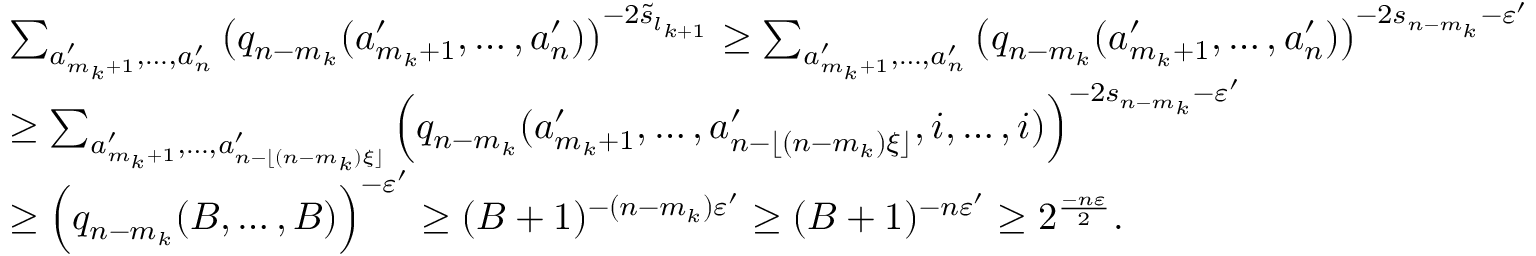
\begin{array} { r l } & { \sum _ { a _ { m _ { k } + 1 } ^ { \prime } , \ldots , a _ { n } ^ { \prime } } \big ( q _ { n - m _ { k } } ( a _ { m _ { k } + 1 } ^ { \prime } , \ldots , a _ { n } ^ { \prime } ) \big ) ^ { - 2 \widetilde { s } _ { l _ { k + 1 } } } \ge \sum _ { a _ { m _ { k } + 1 } ^ { \prime } , \ldots , a _ { n } ^ { \prime } } \big ( q _ { n - m _ { k } } ( a _ { m _ { k } + 1 } ^ { \prime } , \ldots , a _ { n } ^ { \prime } ) \big ) ^ { - 2 { s } _ { n - m _ { k } } - \varepsilon ^ { \prime } } } \\ & { \ge \sum _ { a _ { m _ { k } + 1 } ^ { \prime } , \ldots , a _ { n - \lfloor ( n - m _ { k } ) \xi \rfloor } ^ { \prime } } \Big ( { q _ { n - m _ { k } } ( a _ { m _ { k } + 1 } ^ { \prime } , \ldots , a _ { n - \lfloor ( n - m _ { k } ) \xi \rfloor } ^ { \prime } , i , \ldots , i ) } \Big ) ^ { - 2 s _ { n - m _ { k } } - \varepsilon ^ { \prime } } } \\ & { \ge \Big ( { q _ { n - m _ { k } } ( B , \ldots , B ) } \Big ) ^ { - \varepsilon ^ { \prime } } \ge ( { B + 1 } ) ^ { - ( n - m _ { k } ) \varepsilon ^ { \prime } } \ge ( { B + 1 } ) ^ { - n \varepsilon ^ { \prime } } \ge 2 ^ { \frac { - n \varepsilon } { 2 } } . } \end{array}